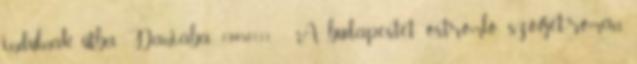
indulnak útba Dániába. 1945.01.11. - A budapestet ostromló szovjet-román